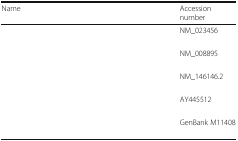
<table><thead><tr><td><b>Name</b></td><td>[EMPTY_CELL]</td><td><b>Accession number</b></td></tr></thead><tbody><tr><td>[EMPTY_CELL]</td><td>[EMPTY_CELL]</td><td>NM_023456</td></tr><tr><td>[EMPTY_CELL]</td><td>[EMPTY_CELL]</td><td>NM_008895</td></tr><tr><td>[EMPTY_CELL]</td><td>[EMPTY_CELL]</td><td>NM_146146.2</td></tr><tr><td>[EMPTY_CELL]</td><td>[EMPTY_CELL]</td><td>AY445512</td></tr><tr><td>[EMPTY_CELL]</td><td>[EMPTY_CELL]</td><td>GenBank M11408</td></tr></tbody></table>